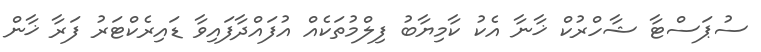
ސުޕަސްޓާ ޝާހްރުކް ޚާނާ އެކު ކާމިޔާބު ފިލްމުތަކެއް އުފައްދާފައިވާ ޑައިރެކްޓަރު ފަރާ ޚާން